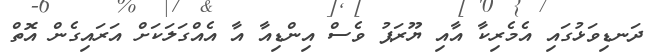
ދަނޑިވަޅުގައި އެމެރިކާ އާއި ޔޫރަޕު ވެސް އިންޑިއާ އާ އެއްގަލަކަށް އަރައިގެން އޮތް